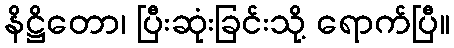
နိဋ္ဌိတော၊ ပြီးဆုံးခြင်းသို့ ရောက်ပြီ။